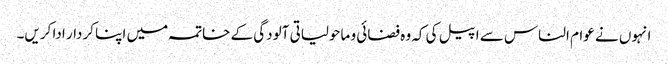
انہوں نے عوام الناس سے اپیل کی کہ وہ فضائی و ماحولیاتی آلودگی کے خاتمہ میں اپنا کردار ادا کریں۔